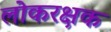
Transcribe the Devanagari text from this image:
लोकरक्षक